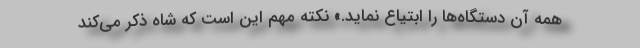
همه آن دستگاه‌ها را ابتیاع نماید.» نکته مهم‌ این است که شاه ذکر می‌کند